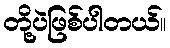
တို့ပဲဖြစ်ပါတယ်။